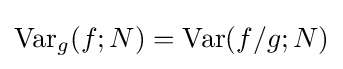
\mathrm {Var} _{g}(f;N)=\mathrm {Var} (f/g;N)